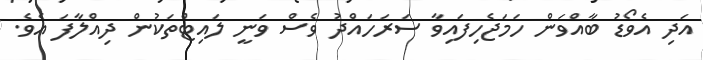
އަދި އެވޯޑު ބާއްވަން ހަމަޖެހިފައިވާ ސަރަހައްދު ވެސް ވަނީ ލައިޓްތަކުން ދިއްލާފަ އެވެ.